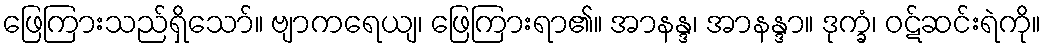
ဖြေကြားသည်ရှိသော်။ ဗျာကရေယျ၊ ဖြေကြားရာ၏။ အာနန္ဒ၊ အာနန္ဒာ။ ဒုက္ခံ၊ ဝဋ်ဆင်းရဲကို။